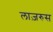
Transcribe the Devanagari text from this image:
लाज़रुस